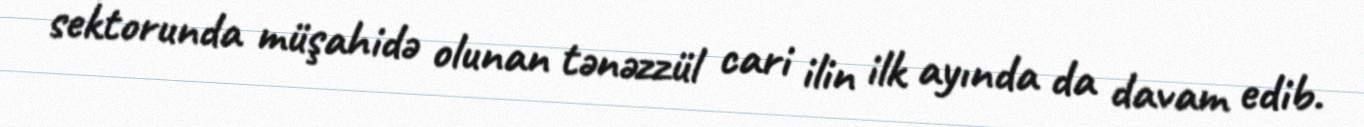
sektorunda müşahidə olunan tənəzzül cari ilin ilk ayında da davam edib.